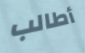
أطالب